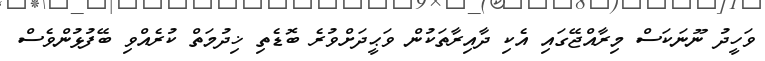
ވަހީދު ނޫނަކަސް މިރާއްޖޭގައި އެކި ދާއިރާތަކުން ވަޙީދަށްވުރެ ބޮޑެތި ޚިދުމަތް ކުރެއްވި ބޭފުޅުންވެސް